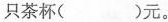
只茶杯()元。